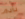
نادم